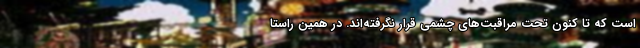
است که تا کنون تحت مراقبت‌های چشمی قرار نگرفته‌اند. در همین راستا